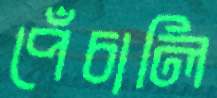
পেঁচালি